[Report on the health of British troops in the Madras command]
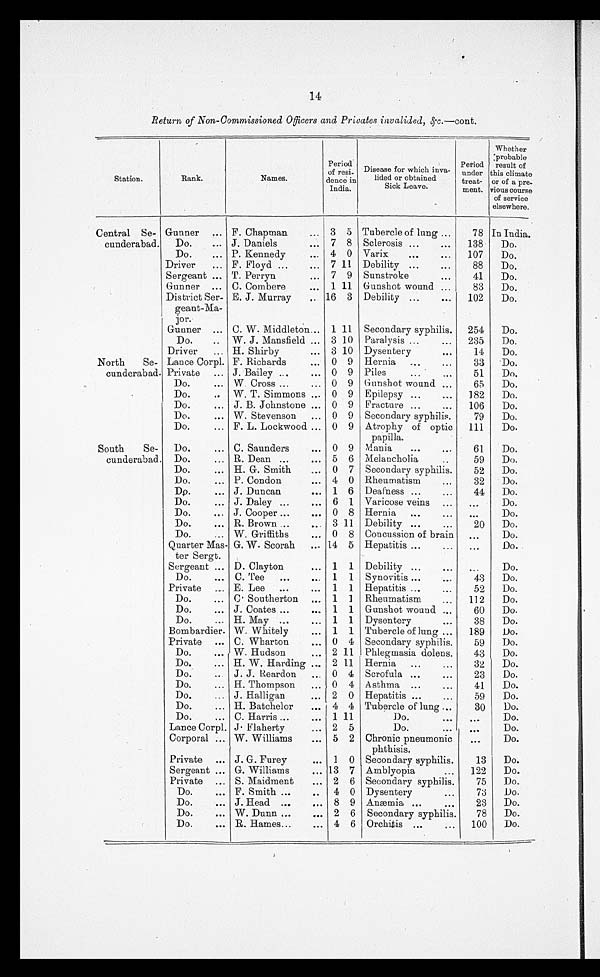
14
Return of Non-Commissioned Officers and Privates invalided, &c.—cont.
Station.
Rank.
Names.
Period
of resi-
dence in
India.
Disease for which inva-
lided or obtained
Sick Leave.
Period
under
treat-
ment.
Whether
probable
result of this
climate
or of a pre-
vious course
of service
elsewhere.
Central Se-
cunderabad.
Gunner
F. Chapman
3 5 Tubercle of lung
78 In India.
Do.
J. Daniels
7 8 Sclerosis
138
Do.
Do.
P. Kennedy
4 0 Varix
107
Do.
Driver
F. Floyd
7 11 Debility
88
Do.
Sergeant
T. Perryn
7 9 Sunstroke
41
Do.
Gunner
C. Combere
1 11 Gunshot wound
83
Do.
District Ser-
geant-Ma
-
jor.
E. J. Murray
16 3 Debility
102
Do.
Gunner
C. W. Middleton
1 11 Secondary syphilis.
254
Do.
Do.
W. J. Mansfield
3 10 Paralysis
235
Do.
Driver
H. Shirby
3 10 Dysentery
14
Do.
North
Se-
cunderabad.
Lance Corpl. F. Richards
0 9 Hernia
33
Do.
Private
J. Bailey
0 9 Piles
51
Do.
Do.
W Cross
0 9 Gunshot wound
65
Do.
Do.
W. T. Simmons
0 9 Epilepsy
182
Do.
Do.
J. B. Johnstone
0 9 Fracture
106
Do.
Do.
W. Stevenson
0 9 Secondary syphilis.
79
Do.
Do.
F. L. Lockwood
0 9 Atrophy of optic
papilla.
111
Do.
South
Se-
cunderabad.
Do.
C. Saunders
0 9 Mania
61
Do.
Do.
R. Dean
5 6 Melancholia
59
Do.
Do.
H. G. Smith
0 7 Secondary syphilis.
52
Do.
Do.
P. Condon
4 0 Rheumatism
32
Do.
Do.
J. Duncan
1 6 Deafness
44
Do.
Do.
J. Daley
6 1 Varicose veins
. . .
Do.
Do.
J. Cooper
0 8 Hernia
...
Do.
Do.
R. Brown
3 11 Debility
20
Do.
Do.
W. Griffiths
0 8 Concussion of brain
. . .
Do.
Quarter Mas-
ter Sergt.
G. W. Scorah
14 5 Hepatitis
. . .
Do.
Sergeant
D. Clayton
1 1 Debility
. . .
Do.
Do.
C. Tee
1 1 Synovitis
43
Do.
Private
E. Lee
1 1 Hepatitis
52
Do.
Do.
C. Southerton
1 1 Rheumatism
112
Do.
Do.
J. Coates
1 1 Gunshot wound
60
Do.
Do.
H. May
1 1 Dysentery
38
Do.
Bombardier. W. Whitely
1 1 Tubercle of lung
189
Do.
Private
C. Wharton
0 4 Secondary syphilis.
59
Do.
Do.
W. Hudson
2 11 Phlegmasia dolens.
43
Do.
Do.
H. W. Harding
2 11 Hernia
32
Do.
Do.
J. J. Reardon
0 4 Scrofula
23
Do.
Do.
H. Thompson
0 4 Asthma
41
Do.
Do.
J. Halligan
2 0 Hepatitis
59
Do.
Do.
H. Batchelor
4 4 Tubercle of lung
30
Do.
Do.
C. Harris
1 11
Do.
. . .
D o .
Lance Corpl. J. Flaherty
2 5
Do.
. . .
Do.
Corporal
W. Williams
5 2 Chronic pneumonic
phthisis.
. . .
Do.
Private
J. G. Furey
1 0 Secondary syphilis.
13
Do.
Sergeant
G. Williams
13 7 Amblyopia
122
Do.
Private
S. Maidment
2 6 Secondary syphilis.
75
Do.
Do.
F. Smith
4 0 Dysentery
73
Do.
Do.
J. Head
8 9 Anæmia
23
Do.
Do.
W. Dunn
2 6 Secondary syphilis.
78
Do.
Do.
R. Hames
4 6 Orchitis
100
Do.